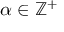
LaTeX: \alpha \in \mathbb { Z } ^ { + }